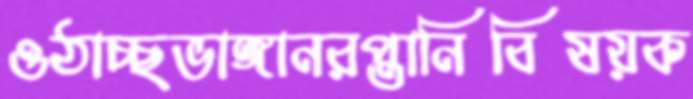
ওঠাচ্ছভাঙ্গানরপ্তানিবিষয়ক